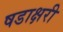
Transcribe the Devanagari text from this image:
षडाक्षरी